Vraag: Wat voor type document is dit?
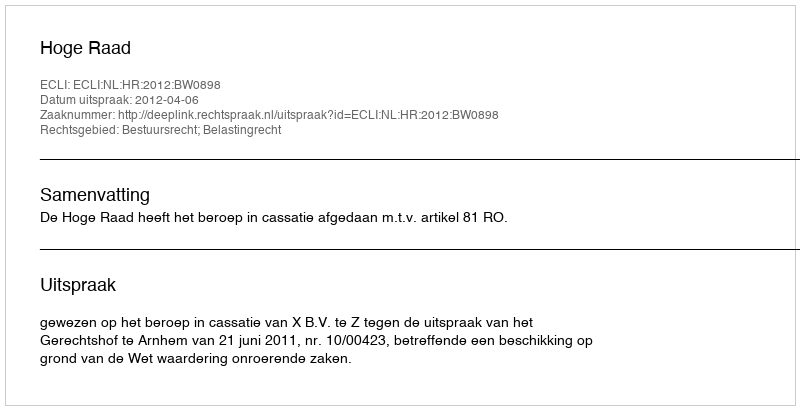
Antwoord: Uitspraak